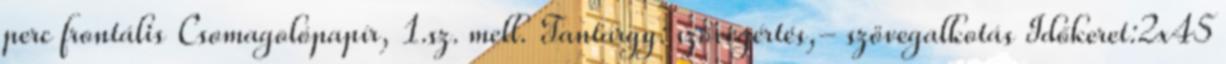
perc frontális Csomagolópapír, 1.sz. mell. Tantárgy: szövegértés,- szövegalkotás Időkeret:2x45